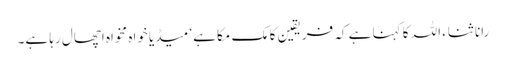
رانا ثناء اللہ کا کہنا ہے کہ فریقین کا مک مکا ہے‘ میڈیا خواہ مخواہ اچھال رہا ہے۔